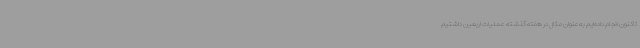
تاکنون انجام داده‌ایم به‌عنوان مثال در هفته گذشته عملیات اربعین داشتیم